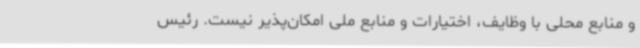
و منابع محلی با وظایف، اختیارات و منابع ملی امکان‌پذیر نیست. رئیس